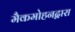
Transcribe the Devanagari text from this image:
मैकमोहनद्वारा